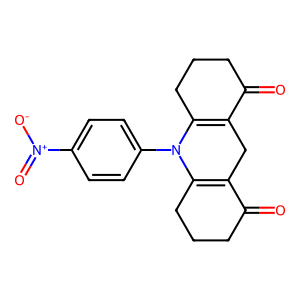
SMILES: O=C1CCCC2=C1CC1=C(CCCC1=O)N2c1ccc([N+](=O)[O-])cc1
Inhibits HIV replication: No